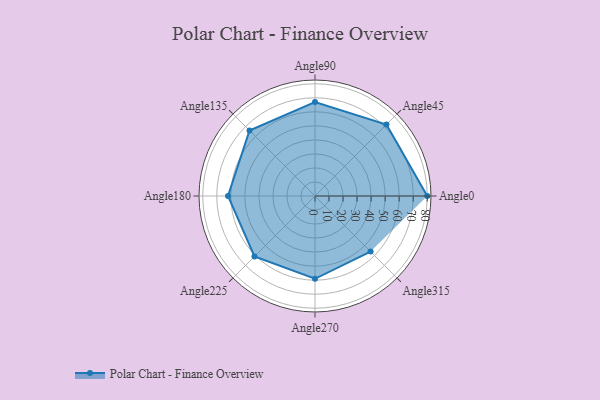
{"axis": {"x": "Angle", "y": "Radius"}, "legend": [""], "data": [{"x": "Angle0", "y": 80.0, "type": ""}, {"x": "Angle45", "y": 72.0, "type": ""}, {"x": "Angle90", "y": 67.0, "type": ""}, {"x": "Angle135", "y": 66.0, "type": ""}, {"x": "Angle180", "y": 62.0, "type": ""}, {"x": "Angle225", "y": 61.0, "type": ""}, {"x": "Angle270", "y": 59.0, "type": ""}, {"x": "Angle315", "y": 56.0, "type": ""}]}